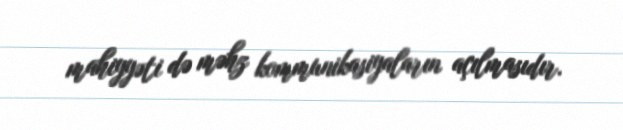
mahiyyəti də məhz kommunikasiyaların açılmasıdır.